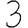
Digit: 3